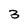
Character: 3